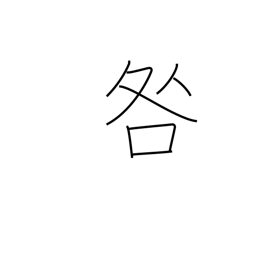
Meaning: reprimand